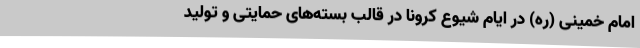
امام خمینی (ره) در ایام شیوع کرونا در قالب بسته‌های حمایتی و تولید